Vital statistics of India. Vol. VI, European troops 1870-79
Year: 1870
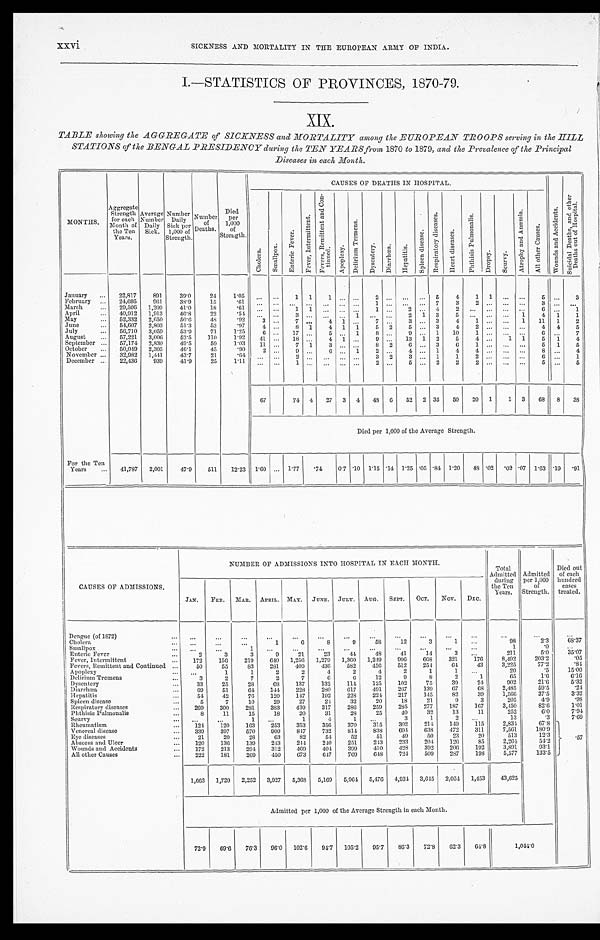
xxvi
SICKNESS AND MORTALITY IN THE EUROPEAN ARMY OF INDIA.
I.—STATISTICS OF PROVINCES, 1870-79.
XIX.
TABLE showing the AGGREGATE of SICKNESS and MORTALITY among the EUROPEAN TROOPS serving in the HILL
STATIONS of the BENGAL PRESIDENCY during the TEN YEARS from 1870 to 1879, and the Prevalence of the Principal
Diseases in each Month.
MONTHS.
Aggregate
Strength
for each
Month of
the Ten
Years.
Average
Number Daily
Sick.
Number
Daily
Sick per
1,000 of
Strength.
N u m b e r
of
Deaths.
Died p e r
1,' 0 0 0
of
Strength.
CAUSES OF DEATHS IN HOSPITAL.
W o u n d s a n d A c c i d e n t s .
S u i c i d a l D e a t h s , a n d o t h e r D e a t h s o u t o f H o s p i t a l .
C h o l e r a .
S m a l l p o x .
E n t e r i c F e v e r .
Fever, Intermittent.
Fevers, Remittent and Continued.
Apoplexy.
Delirium
T r e m e n s .
Dysentery.
D i a r r h œ a . H e p a t i t i s .
S p l e e n d i s e a s e .
R e s p i r a t o r y d i s e a s e s .
H e a r t d i s e a s e s .
P h t h i s i s P u l m o n a l i s .
D r o p s y .
S c u r v y .
A t r o p h y a n d A n æ m i a .
A l l o t h e r C a u s e s .
January
...
22,817
891
39.0
24
1.05
. . .
...
1 1
1
. . . . . .
2
. . .
. . .
. . . 5
4
1 1 ... ...
5
...
3
February
...
24,695
961
38.9
15
.61
. . .
. . . ... ...
. . . ...
. . .
1
. . .
. . .
. . . 7
3
2
. . .
...
. . .
3 ...
. . .
March
...
29,506 1,209
41.0
18
. 6 1
. . .
. . .
1 1 ... ... ...
1 ...
2
. . . 4
2
. . . . . .
...
. . .
6 ...
1
April
...
40,912
1,913
46.8
22
.54 ... ...
3
. . .
. . .
. . . 1
. . .
. . .
2 1 3
5
. . . . . .
... 1
4
1
1
May
...
52,332 2,650
50.6
48
.92
3
. . .
7 ...
4
1
. . .
7 ...
3 ... 3
4
1
. . .
...
1 11
1
2
June
...
54,607 2,803
51.3
53
.97
4
. . .
8 1
4
1 1
5 2
5 ...
3
4
2 ... ... ...
4
4
5
July
...
56,710
3,059
53.9
71
1.25
6 ...
17
. . .
5
. . . 1
8
. . .
9 ... 1
10
1
. . .
...
. . .
6 ...
7
August
...
57,221
3,006
52.5
110
1.92
41 ...
18
...
4
1 . . . 9 ...
13 1 2
5
4 ...
1
1
5
1
4
September ...
57,174 2,830
49.5
59
1.03
11 ...
7 1
3
. . . ...
8 2
6 ... 3
6
1 ... ...
...
5
1
5
October
...
50,049
2,305
46.1
45
.90
2
. . .
9
. . .
6 ... 1
2 ...
4 ... 1
4
4
. . . ...
. . .
8 ...
4
November ...
32,982
1,411
43.7
21
.64
. . . ...
2
. . .
. . . ...
. . .
3 2
3 ... 1
1
2 ...
...
. . .
6 ...
1
December ...
22,436
939
41.9
25
1.11
. . . ...
1
. . .
. . . ... ...
2
. . .
5
. . . 2
2
2
. . .
...
. . .
5 ...
5
67
74 4
27 3 4
48 6
52 2 35
50
20 1
1 3
68
8
38
Died per 1,000 of the Average Strength.
For the Ten
Years
...
41,787
2,001
47.9
511
12.23 1.60 ... 1.77
.74
0.7 .10 1.15 .14 1.25 .05
. 84 1.20
48 .02
. 0 2 .07 1.63 .19 .91
NUMBER OF ADMISSIONS INTO HOSPITAL IN EACH MONTH.
Total
Admitted Admitted
Died out
of each
CAUSES OF ADMISSIONS.
JAN.
FEB.
MAR.
APRIL. MAY.
JUNE.
JULY.
AUG.
SEPT.
OCT.
Nov. DEC.
during
the Ten
Years.
per 1,000
of
Strength.
hundred
cases
treated.
Dengue (of 1872)
...
...
. . .
. . .
...
. . .
...
...
...
...
...
. . .
...
...
. . .
. . .
Cholera...
...
. . .
. . .
1
6
8
9
58
12
3
1 ...
9 8
2 . 3
6 8 . 3 7
Smallpox
. . . ...
...
1
. . .
...
...
...
...
...
. . .
...
...
1
. 0
...
Enteric Fever...
2
3
3
9
21
23
44
48
41
14
3 ...
211
5.0
3 5 . 0 7
Fever, Intermittent
...
172
156
219
640 1,256 1,279 1,360 1,249
996
668
321
176
8 , 4 9 2
2 0 3 . 2
.84
Fevers, Remittent and Continued
50
55
83
281
409
436
582
456
512
254
6 4
4 3
3 , 2 2 5
7 7 . 2
15.00
Apoplexy...
. . .
1
1
2
2
4
2
4
2
1
1
. . .
2 0
. 5
1 5 . 0 0
Delirium Tremens ...
3
2
7
2
7
6
6
1 2
9
8
2
1
6 5
1 . 6
6 . 1 6
Dysentery
. . .
33
25
28
6 8
137
132
114
125
102
75
39
24
9 0 2
2 1 . 6
5 . 3 2
D iarrhœa
69
51
64
144
228
280
617
491
267
139
6 7
6 8
2 , 4 8 5
5 9 . 5
3.32
Hepatitis
54
42
76
120
147
192
228
224
217
145
8 2
3 9
1 , 5 6 6
3 7 . 5
3 . 3 2
Spleen disease
...
5
7
10
29
2 7
24
32
20
18
21
9
3
205
4 . 9
. 9 8
Respiratory diseases
...
269
300
281
383
439
317
286
259
285
277
187
167
3 , 4 5 0
8 2 . 6
1 . 0 1
Plithisis Pulmonalis...
8
11
15
18
20
31
28
25
40
32
13
11
2 5 2
6 . 0
7.94
Scurvy
...
...
1
. . .
1
4
1
. . .
3
1
2
...
1 3
. 3
7 . 6 9
. 5 7
Rheumatism
124
120
163
253
353
356
370
315
302
214
149
115
2,834
67.8
Venereal disease...
339
397
570
909
847
732
814
838
694
638
472
311
7 , 5 6 1
1 8 0 . 9
Eye diseases
...
21
20
28
63
82
54
52
51
49
50
23
20
5 1 3
1 2 . 3
Abscess and Ulcer
...
120
136
139
243
244
240
251
243
233
204
126
85
2,264
54.2
Wounds and Accidents
...
172
213
294
312
469
404
399
410
4.28
3 9 2
2 0 6
192
3 , 8 9 1
9 3 . 1
All other Causes
...
222
181
269
450
673
647
769
648
7 2 4
5 0 9
2 8 7
1 9 8
5 , 5 7 7
1 3 3 . 5
1,663 1,720 2,252 3,927
5,368
5,169
5,964 5,476 4,934 3,645 2,054 1,453
43,625
Admitted per 1,000 of the Average Strength in each Month.
72.9
69.6
76.3
96.0 102.6
94.7 105.2
95.7
86.3
72.8
62.3
64.8
1,044.0